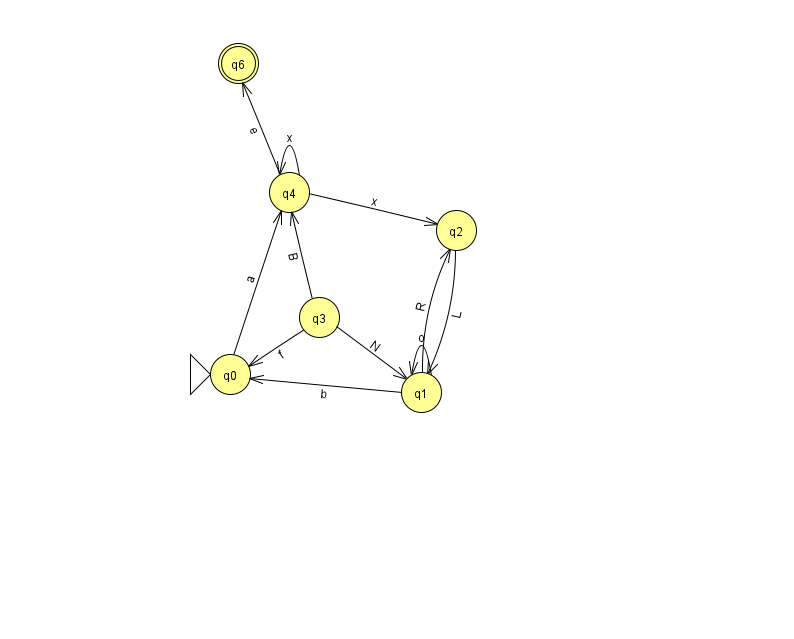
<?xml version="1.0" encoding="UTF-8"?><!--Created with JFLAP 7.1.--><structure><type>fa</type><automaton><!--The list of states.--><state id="0" name="q0"><x>230.0</x><y>361.0</y><initial/></state><state id="1" name="q1"><x>421.0</x><y>379.0</y></state><state id="2" name="q2"><x>456.0</x><y>217.0</y></state><state id="3" name="q3"><x>319.0</x><y>304.0</y></state><state id="4" name="q4"><x>289.0</x><y>179.0</y></state><state id="6" name="q6"><x>238.0</x><y>50.0</y><final/></state><!--The list of transitions.--><transition><from>0</from><to>4</to><read>a</read></transition><transition><from>1</from><to>2</to><read>R</read></transition><transition><from>3</from><to>0</to><read>f</read></transition><transition><from>1</from><to>0</to><read>b</read></transition><transition><from>3</from><to>4</to><read>B</read></transition><transition><from>4</from><to>4</to><read>x</read></transition><transition><from>4</from><to>6</to><read>e</read></transition><transition><from>2</from><to>1</to><read>L</read></transition><transition><from>1</from><to>1</to><read>o</read></transition><transition><from>3</from><to>1</to><read>N</read></transition><transition><from>4</from><to>2</to><read>x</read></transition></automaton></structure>